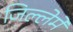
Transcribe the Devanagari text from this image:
जिल्लेमें